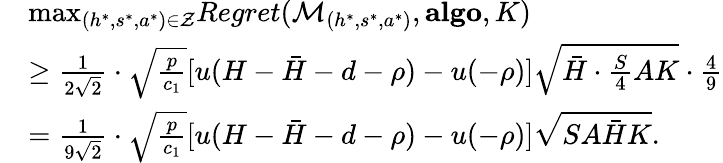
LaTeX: \begin{array}{rl}&{\mathop{\operatorname*{max}}_{(h^{*},s^{*},a^{*})\in\mathcal{Z}}Regret(\mathcal{M}_{(h^{*},s^{*},a^{*})},\textbf{algo},K)}\\ &{\geq\frac{1}{2\sqrt{2}}\cdot\sqrt{\frac{p}{c_{1}}}[u(H-\bar{H}-d-\rho)-u(-\rho)]\sqrt{\bar{H}\cdot\frac{S}{4}AK}\cdot\frac{4}{9}}\\ &{=\frac{1}{9\sqrt{2}}\cdot\sqrt{\frac{p}{c_{1}}}[u(H-\bar{H}-d-\rho)-u(-\rho)]\sqrt{SA\bar{H}K}.}\end{array}